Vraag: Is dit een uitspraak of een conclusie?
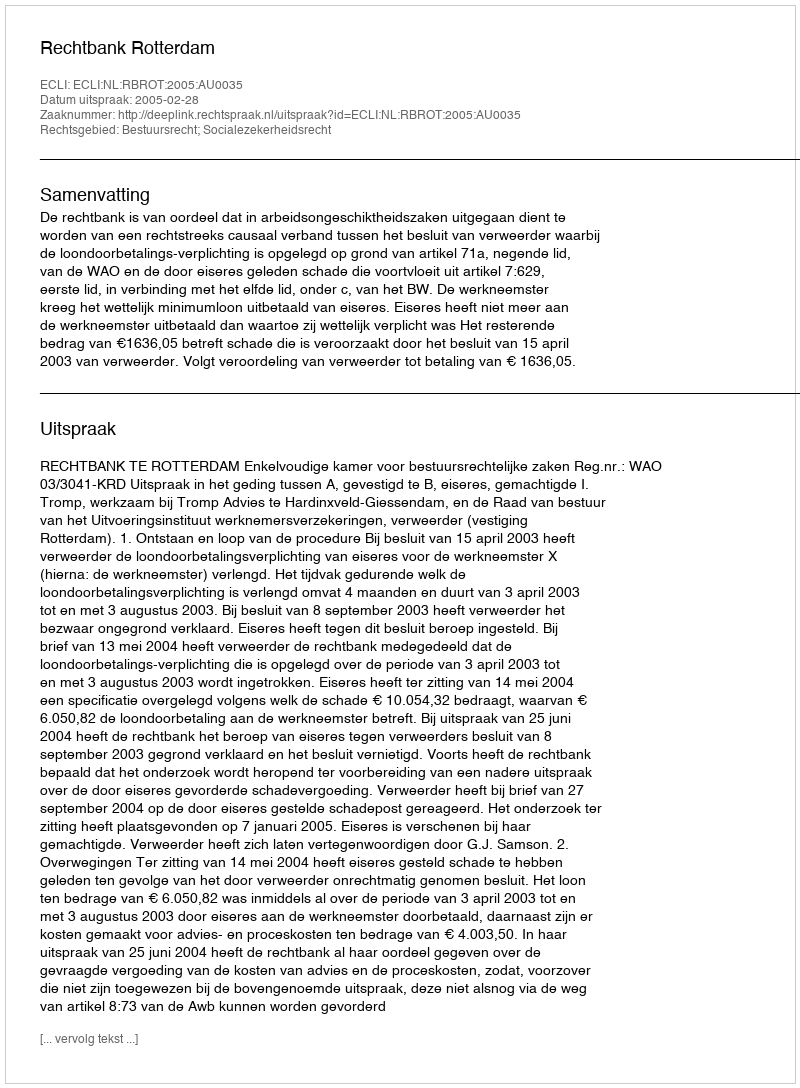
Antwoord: Uitspraak